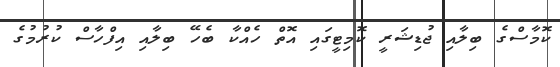
ކޮމާސްގެ ބިލާއި ޖުޑިޝަރީ ކޮމިޓީގައި އޮތް ހެއްކާ ބެހޭ ބިލާއި އިފްހާސް ކުރުމުގެ